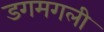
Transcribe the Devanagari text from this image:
डगमगली